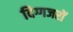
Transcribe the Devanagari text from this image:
दिग्गजरों